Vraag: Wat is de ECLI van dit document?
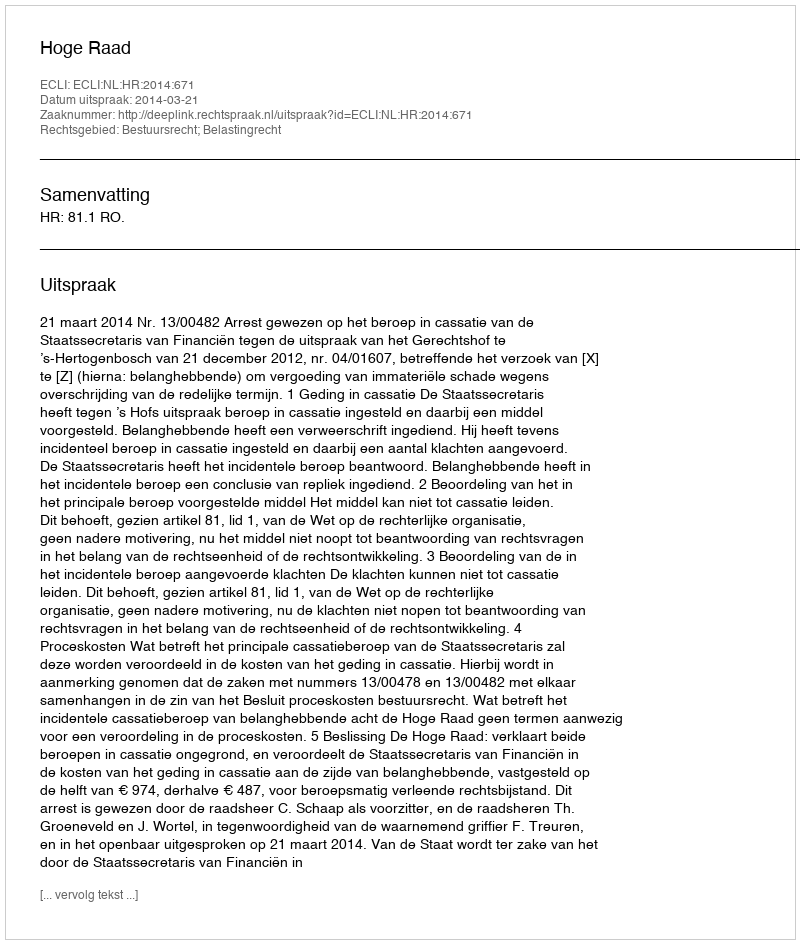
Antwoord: ECLI:NL:HR:2014:671